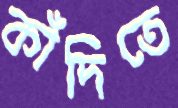
কাঁদিতে